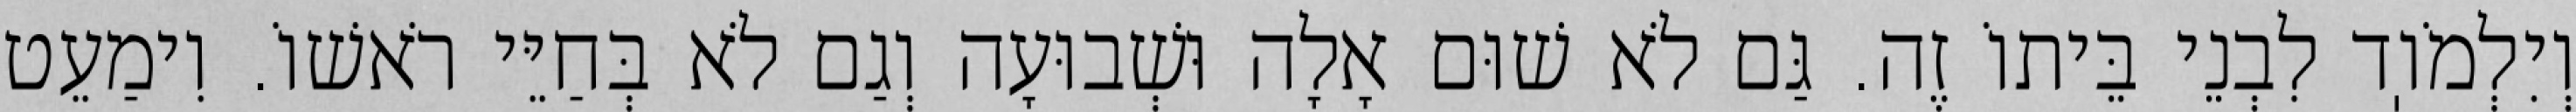
וְיִלְמֹוֽד לִבְנֵי בֵּיתוֹ זֶה. גַּם לֹא שׁוּם אָלָה וּשְׁבוּעָה וְגַם לֹא בְּחַיֵּי רֹאשׁוֹ. וִימַעֵט